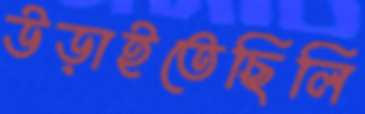
উড়াইতেছিলি